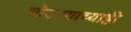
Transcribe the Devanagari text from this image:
सोडण्याच्याही